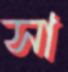
সা